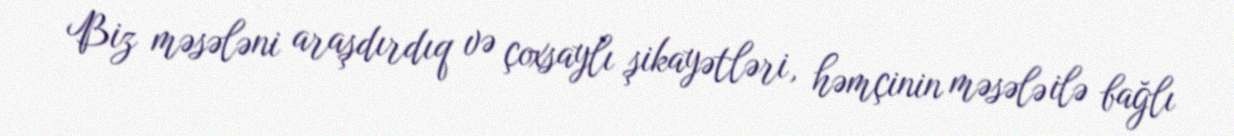
Biz məsələni araşdırdıq və çoxsaylı şikayətləri, həmçinin məsələ ilə bağlı